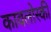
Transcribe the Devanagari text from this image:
कावलोस्की